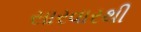
સારવારથી